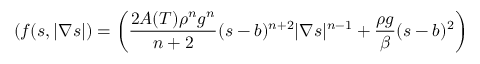
( f ( s , | \nabla s | ) = \left( \frac { 2 A ( T ) \rho ^ { n } g ^ { n } } { n + 2 } ( s - b ) ^ { n + 2 } | \nabla s | ^ { n - 1 } + \frac { \rho g } { \beta } ( s - b ) ^ { 2 } \right)